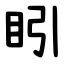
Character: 䀕